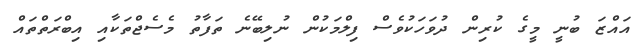
އައްޒަ ބުނީ މީގެ ކުރިން ދުވަހަކުވެސް ފިލްމަކުން ނުލިބޭނެ ތަފާތު މެސެޖްތަކާއި އިބްރަތްތައް